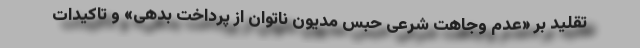
تقلید بر «عدم وجاهت شرعی حبس مدیون ناتوان از پرداخت بدهی» و تاکیدات